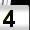
Digit: 4